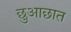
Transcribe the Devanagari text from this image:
छुआछात